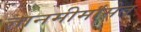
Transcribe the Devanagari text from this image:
ज्ञानमीमांसेत